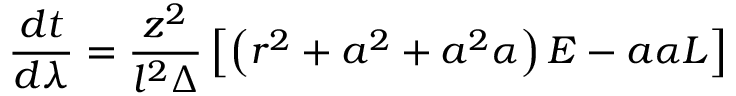
\frac { d t } { d \lambda } = \frac { z ^ { 2 } } { l ^ { 2 } \Delta } \left[ \left( r ^ { 2 } + a ^ { 2 } + a ^ { 2 } \alpha \right) E - a \alpha L \right]